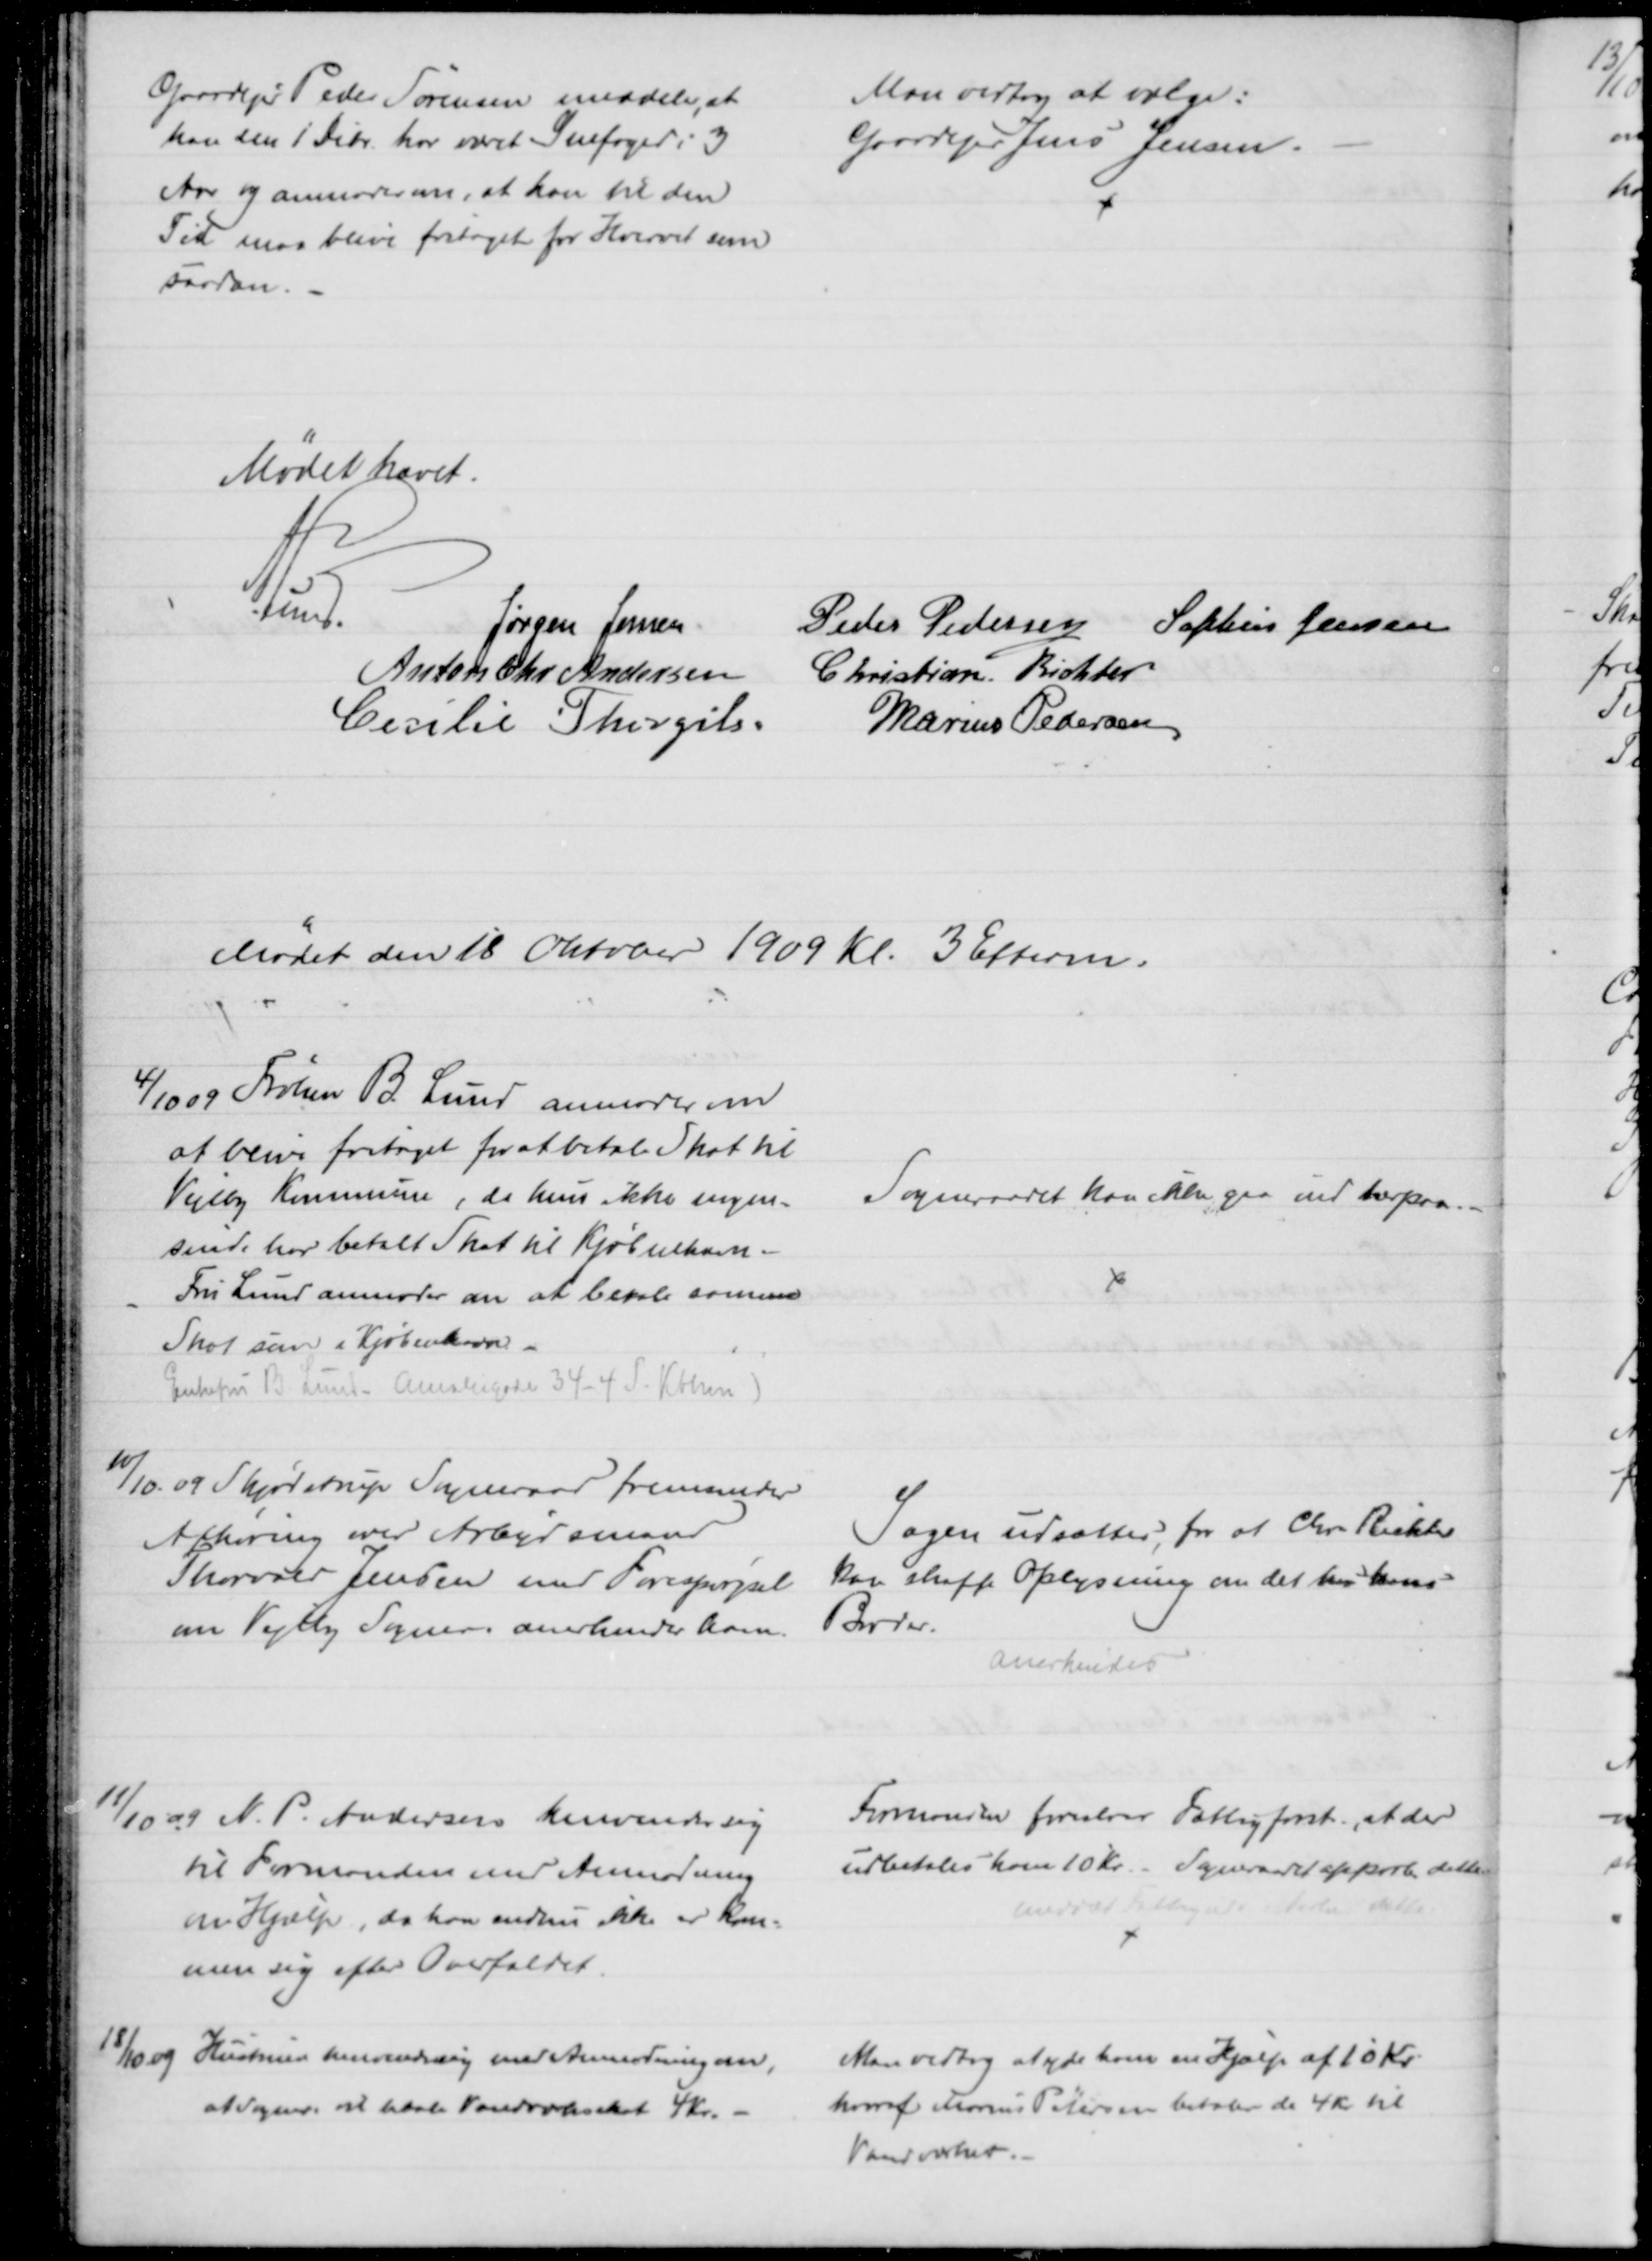
Transskription:
Gaardejer Peder Sørensen meddeler, at
han den 1 Debr. har været Snefoged i 3
Aar og anmoder om, at han til den
Tid maa blive fritaget for Hvervet som
saadan.
Man vedtog at vælge:
Gaardejer Jens Jensen.
Mødet hævet.
A. Lund.
Jørgen Jensen.
Peder Pedersen
Sophus Jensen
Anton Chr Andersen
Christian Richter
Cecilie Thorgils.
Marius Pedersen
Mødet den 18 Oktober 1909 Kl. 3 Efterm.
4/10 09 Frøken B. Lund anmoder om
at blive fritaget for at betale Skat til 
Vejlby Kommune, da hun ikke nogen-
sinde har betalt Skat til Kjøbenhavn
Fru Lund anmoder om at betale samme
Skat som i Kjøbenhavn.
Enkefru B. Lund. Amaliegade 34 - 4 S. Kbhvn)
Sogneraadet kan ikke gaa ind herpaa.
10/10. 09 Skjødstrup Sogneraad fremsender
Afhøring over Arbejdsmand
Thorvald Jensen med Forespørgsel
om Vejlby Sogner. anerkender ham.
Sagen udsættes, for at Chr. Richter
kan skaffe Oplysning om det hos hans 
Broder.
anerkendes
11/10 09 N. P. Andersen henvender sig
til Formanden med Anmodning
om Hjælp, da han endnu ikke er kom-
men sig efter Overfaldet.
Formandler foreslaar Fattigforst., at der
udbetales ham 10 Kr. Sogneraadet approb. dette
meddelt Fattigudv. Aarhus dette.
18/10 09
Hustruen henvender sig med Anmodning om,
at Sogner. at betale Vandværksskat 4 Kr.
Man vedtog at yde ham en Hjælp af 10 Kr.
hvoraf Marius Petersen betaler de 4 Kr til
Vandværket.